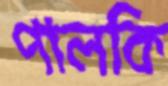
পালকি